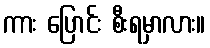
ကား ပြောင်း စီးရမှာလား။